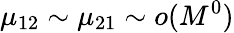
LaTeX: \mu_{12}\sim\mu_{21}\sim o(M^{0})